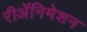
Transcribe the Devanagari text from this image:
रीअॅनिमेशन